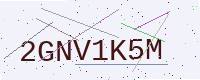
Text: 2GNV1K5M